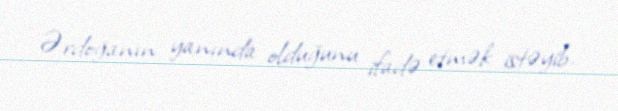
Ərdoğanın yanında olduğunu ifadə etmək istəyib.